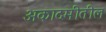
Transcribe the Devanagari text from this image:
अकादमीतील